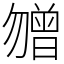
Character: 㬟